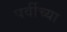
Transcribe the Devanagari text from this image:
पर्वीच्या